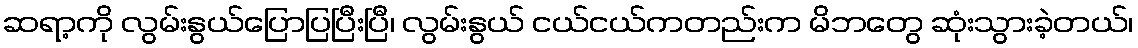
ဆရာ့ကို လွမ်းနွယ်ပြောပြပြီးပြီ၊ လွမ်းနွယ် ငယ်ငယ်ကတည်းက မိဘတွေ ဆုံးသွားခဲ့တယ်၊